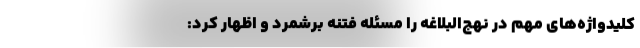
کلیدواژه‌های مهم در نهج‌البلاغه را مسئله فتنه برشمرد و اظهار کرد: